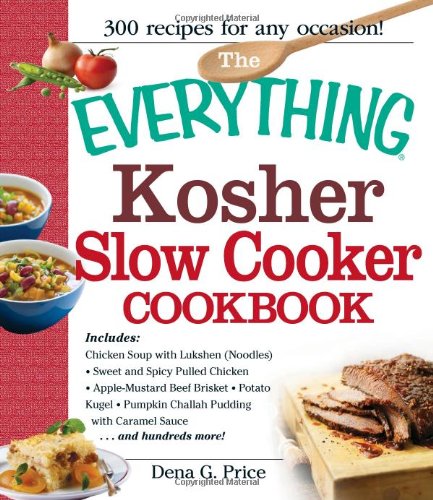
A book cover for The Everything Kosher Slow Cooker Cookbook: Includes Chicken Soup with Lukshen Noodles, Apple-Mustard Beef Brisket, Sweet and Spicy Pulled Chicken, ... Pudding with Caramel Sauce and hundreds more!; Dena G. Price; Cookbooks, Food & Wine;